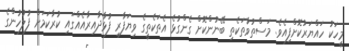
މީހަކު ހައްޔަރުކޮށްފިއެވެ. މަސްތުވާތަކެތި ބޭނުންކޮށް ގެންގުޅެ އެތަކެތީގެ ވިޔަފާރި ފުޅާދާއިރާއެއްގައި ކުރާކަމަށް ފުލުހުންގެ